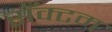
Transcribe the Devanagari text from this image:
सँक्टम